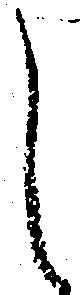
し